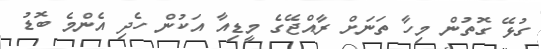
ގުޅޭ ގޮތުން މިހާ ތަނަށް ރާއްޖޭގެ މީޑިއާ އަކުން ހެދި އެންމެ ބޮޑު